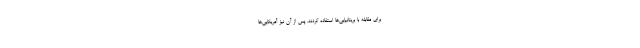
برای مقابله با بریتانیایی‌ها استفاده کردند. پس از آن نیز آمریکایی‌ها